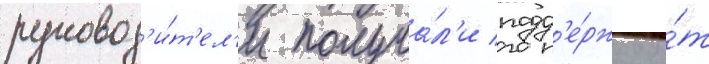
руковод'и́т'ел'и получа́л'и подд'е́ржку о́т